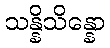
သန္နိသိန္နော